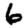
Digit: 6